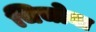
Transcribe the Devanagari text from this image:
चिचोना